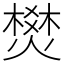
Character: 燓